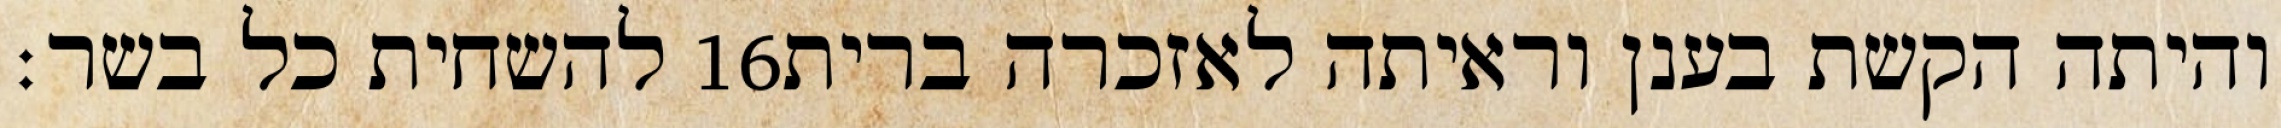
להשחית כל בשר׃ ‎16‏ והיתה הקשת בענן וראיתה לאזכרה ברית